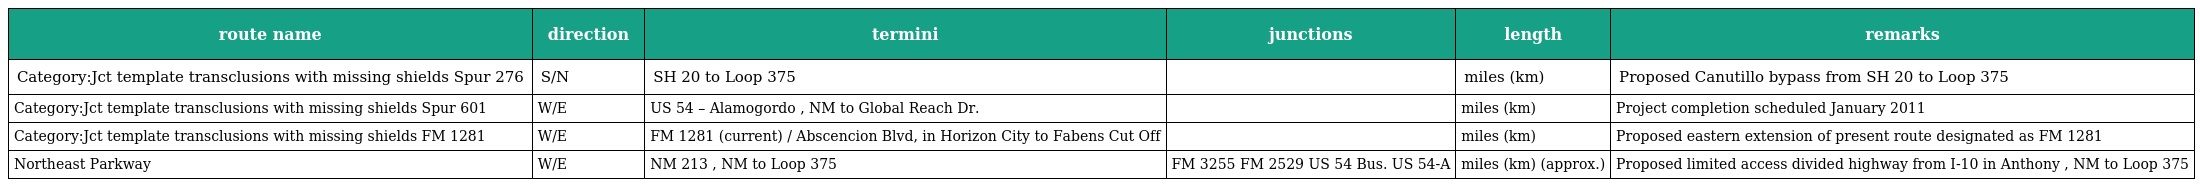
| route name | direction | termini | junctions | length | remarks |
 | --- | --- | --- | --- | --- | --- |
 | Category:Jct template transclusions with missing shields Spur 276 | S/N | SH 20 to Loop 375 |  | miles (km) | Proposed Canutillo bypass from SH 20 to Loop 375 |
 | Category:Jct template transclusions with missing shields Spur 601 | W/E | US 54 – Alamogordo , NM to Global Reach Dr. |  | miles (km) | Project completion scheduled January 2011 |
 | Category:Jct template transclusions with missing shields FM 1281 | W/E | FM 1281 (current) / Abscencion Blvd, in Horizon City to Fabens Cut Off |  | miles (km) | Proposed eastern extension of present route designated as FM 1281 |
 | Northeast Parkway | W/E | NM 213 , NM to Loop 375 | FM 3255 FM 2529 US 54 Bus. US 54-A | miles (km) (approx.) | Proposed limited access divided highway from I-10 in Anthony , NM to Loop 375 |